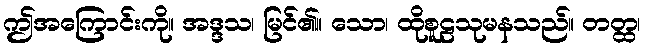
ဤအကြောင်းကို။ အဒ္ဒသ၊ မြင်၏။ သော၊ ထိုစူဠသုမနသည်။ တတ္ထ၊